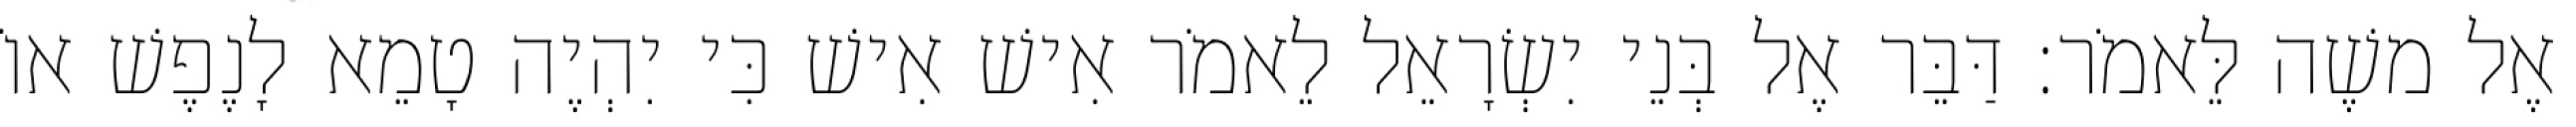
אֶל משֶׁה לֵּאמֹר׃ דַּבֵּר אֶל בְּנֵי יִשְׂרָאֵל לֵאמֹר אִישׁ אִישׁ כִּי יִהְיֶה טָמֵא לָנֶפֶשׁ אוֹ